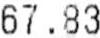
67.83